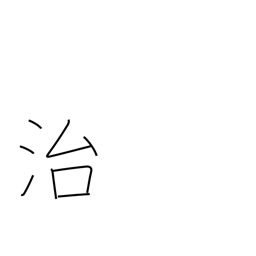
Meaning: be at peace